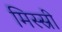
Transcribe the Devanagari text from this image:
मिस्स्री